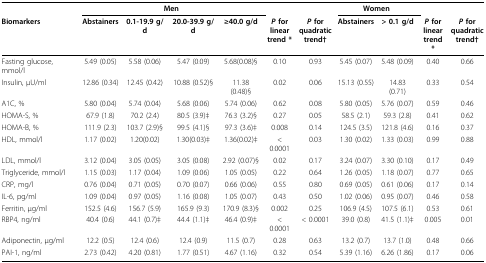
<table><thead><tr><td></td><td colspan="4"><b>Men</b></td><td></td><td></td><td colspan="2"><b>Women</b></td><td></td><td></td></tr><tr><td><b>Biomarkers</b></td><td><b>Abstainers</b></td><td><b>0.1-19.9 g/d</b></td><td><b>20.0-39.9 g/d</b></td><td><b>≥40.0 g/d</b></td><td><b><i>P </i>forlineartrend *</b></td><td><b><i>P </i>forquadratictrend†</b></td><td><b>Abstainers</b></td><td><b>&gt; 0.1 g/d</b></td><td><b><i>P </i>forlineartrend *</b></td><td><b><i>P </i>forquadratictrend†</b></td></tr></thead><tbody><tr><td>Fasting glucose, mmol/l</td><td>5.49 (0.05)</td><td>5.58 (0.06)</td><td>5.47 (0.09)</td><td>5.68(0.08)§</td><td>0.10</td><td>0.93</td><td>5.45 (0.07)</td><td>5.48 (0.09)</td><td>0.40</td><td>0.66</td></tr><tr><td>Insulin, μU/ml</td><td>12.86 (0.34)</td><td>12.45 (0.42)</td><td>10.88 (0.52)§</td><td>11.38 (0.48)§</td><td>0.02</td><td>0.06</td><td>15.13 (0.55)</td><td>14.83 (0.71)</td><td>0.33</td><td>0.54</td></tr><tr><td>A1C, %</td><td>5.80 (0.04)</td><td>5.74 (0.04)</td><td>5.68 (0.06)</td><td>5.74 (0.06)</td><td>0.62</td><td>0.08</td><td>5.80 (0.05)</td><td>5.76 (0.07)</td><td>0.59</td><td>0.46</td></tr><tr><td>HOMA-S, %</td><td>67.9 (1.8)</td><td>70.2 (2.4)</td><td>80.5 (3.9)‡</td><td>76.3 (3.2)§</td><td>0.27</td><td>0.05</td><td>58.5 (2.1)</td><td>59.3 (2.8)</td><td>0.41</td><td>0.62</td></tr><tr><td>HOMA-B, %</td><td>111.9 (2.3)</td><td>103.7 (2.9)§</td><td>99.5 (4.1)§</td><td>97.3 (3.6)‡</td><td>0.008</td><td>0.14</td><td>124.5 (3.5)</td><td>121.8 (4.6)</td><td>0.16</td><td>0.37</td></tr><tr><td>HDL, mmol/l</td><td>1.17 (0.02)</td><td>1.20(0.02)</td><td>1.30(0.03)‡</td><td>1.36(0.02)‡</td><td>&lt; 0.0001</td><td>0.03</td><td>1.30 (0.02)</td><td>1.33 (0.03)</td><td>0.99</td><td>0.88</td></tr><tr><td>LDL, mmol/l</td><td>3.12 (0.04)</td><td>3.05 (0.05)</td><td>3.05 (0.08)</td><td>2.92 (0.07)§</td><td>0.02</td><td>0.17</td><td>3.24 (0.07)</td><td>3.30 (0.10)</td><td>0.17</td><td>0.49</td></tr><tr><td>Triglyceride, mmol/l</td><td>1.15 (0.03)</td><td>1.17 (0.04)</td><td>1.09 (0.06)</td><td>1.05 (0.05)</td><td>0.22</td><td>0.64</td><td>1.26 (0.05)</td><td>1.18 (0.07)</td><td>0.77</td><td>0.65</td></tr><tr><td>CRP, mg/l</td><td>0.76 (0.04)</td><td>0.71 (0.05)</td><td>0.70 (0.07)</td><td>0.66 (0.06)</td><td>0.55</td><td>0.80</td><td>0.69 (0.05)</td><td>0.61 (0.06)</td><td>0.17</td><td>0.14</td></tr><tr><td>IL-6, pg/ml</td><td>1.09 (0.04)</td><td>0.97 (0.05)</td><td>1.16 (0.08)</td><td>1.05 (0.07)</td><td>0.43</td><td>0.50</td><td>1.02 (0.06)</td><td>0.95 (0.07)</td><td>0.46</td><td>0.58</td></tr><tr><td>Ferritin, μg/ml</td><td>152.5 (4.6)</td><td>156.7 (5.9)</td><td>165.9 (9.3)</td><td>170.9 (8.3)§</td><td>0.002</td><td>0.25</td><td>106.9 (4.5)</td><td>107.5 (6.1)</td><td>0.53</td><td>0.61</td></tr><tr><td>RBP4, ng/ml</td><td>40.4 (0.6)</td><td>44.1 (0.7)‡</td><td>44.4 (1.1)‡</td><td>46.4 (0.9)‡</td><td>&lt; 0.0001</td><td>&lt; 0.0001</td><td>39.0 (0.8)</td><td>41.5 (1.1)‡</td><td>0.005</td><td>0.01</td></tr><tr><td>Adiponectin, μg/ml</td><td>12.2 (0.5)</td><td>12.4 (0.6)</td><td>12.4 (0.9)</td><td>11.5 (0.7)</td><td>0.28</td><td>0.63</td><td>13.2 (0.7)</td><td>13.7 (1.0)</td><td>0.48</td><td>0.66</td></tr><tr><td>PAI-1, ng/ml</td><td>2.73 (0.42)</td><td>4.20 (0.81)</td><td>1.77 (0.51)</td><td>4.67 (1.16)</td><td>0.32</td><td>0.54</td><td>5.39 (1.16)</td><td>6.26 (1.86)</td><td>0.17</td><td>0.06</td></tr></tbody></table>